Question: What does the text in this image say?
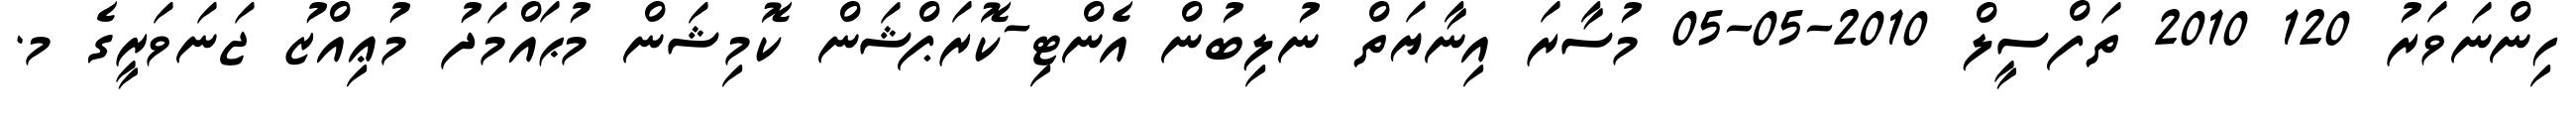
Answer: ހިންނަވަރު 120 2010 ތަފްސީލް 2010-05-05 މުސާރަ އިނާޔަތް ނުލިބުން އެންޓި-ކޮރަޕްޝަން ކޮމިޝަން މުޙައްމަދު މުޢިއްޒު ޖަނަވަރީގެ މ.